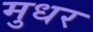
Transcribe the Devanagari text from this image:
मुधर